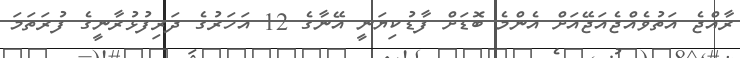
ރާއްޖެ އަތުވެއްޖެއަޖޭއަށް އެންމެ ބޮޑަށް ފާޑުކިޔަނީ އޭނާގެ 12 އަހަރުގެ ދަރިފުޅުރާނީގެ ފުރަތަމަ